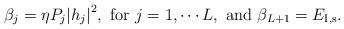
LaTeX: \begin{align*}\beta_j = {\eta{P_j}{{\left| {{h_j}} \right|}^2}},~{\rm for}~j = 1, \cdots L ,~{\rm and}~{\beta_{L+1}} = E_{\rm{I,s}}. \end{align*}